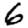
Digit: 6